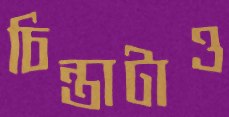
চিন্তাটাও